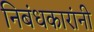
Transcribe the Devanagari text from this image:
निबंधकारांनी